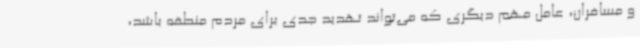
و مسافران، عامل مهم دیگری که می‌تواند تهدید جدی برای مردم منطقه باشد،